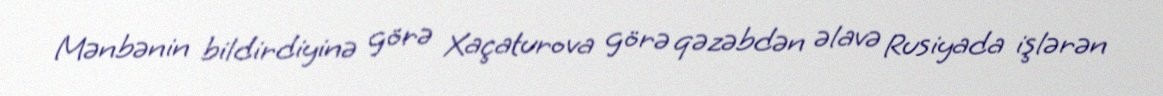
Mənbənin bildirdiyinə görə Xaçaturova görə qəzəbdən əlavə Rusiyada işlərən